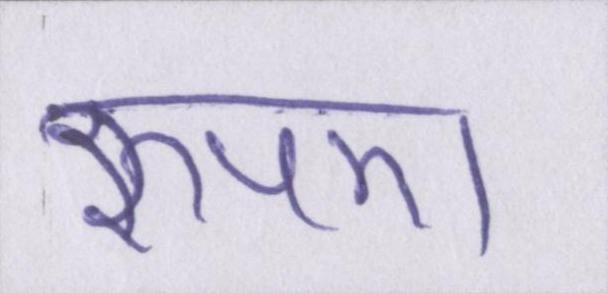
रुपए